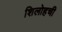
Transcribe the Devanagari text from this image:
शिलोहची